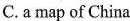
C.a map of China